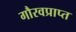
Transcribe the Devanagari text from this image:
गौरवप्राप्त